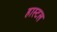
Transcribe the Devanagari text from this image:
हास्‍टल